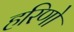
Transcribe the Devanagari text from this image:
हरिणो